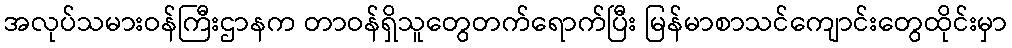
အလုပ်သမားဝန်ကြီးဌာနက တာဝန်ရှိသူတွေတက်ရောက်ပြီး မြန်မာစာသင်ကျောင်းတွေထိုင်းမှာ